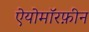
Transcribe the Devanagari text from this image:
ऐयोमॉरफ़ीन